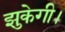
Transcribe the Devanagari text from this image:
झुकेगी।